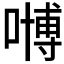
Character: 𠽢